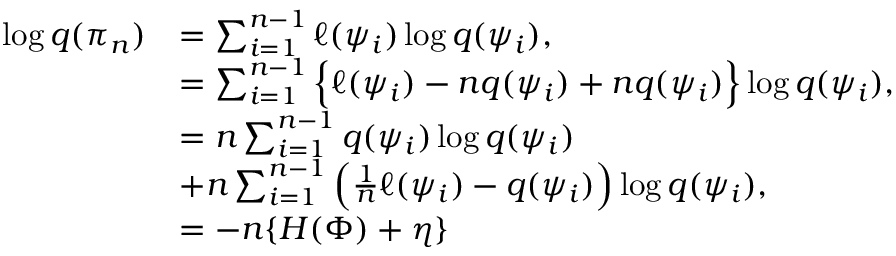
\begin{array} { r l } { \log q ( \pi _ { n } ) } & { = \sum _ { i = 1 } ^ { n - 1 } \ell ( \psi _ { i } ) \log q ( \psi _ { i } ) , } \\ & { = \sum _ { i = 1 } ^ { n - 1 } \Big \{ \ell ( \psi _ { i } ) - n q ( \psi _ { i } ) + n q ( \psi _ { i } ) \Big \} \log q ( \psi _ { i } ) , } \\ & { = n \sum _ { i = 1 } ^ { n - 1 } q ( \psi _ { i } ) \log q ( \psi _ { i } ) } \\ & { + n \sum _ { i = 1 } ^ { n - 1 } \Big ( \frac { 1 } { n } \ell ( \psi _ { i } ) - q ( \psi _ { i } ) \Big ) \log q ( \psi _ { i } ) , } \\ & { = - n \{ H ( \Phi ) + \eta \} } \end{array}